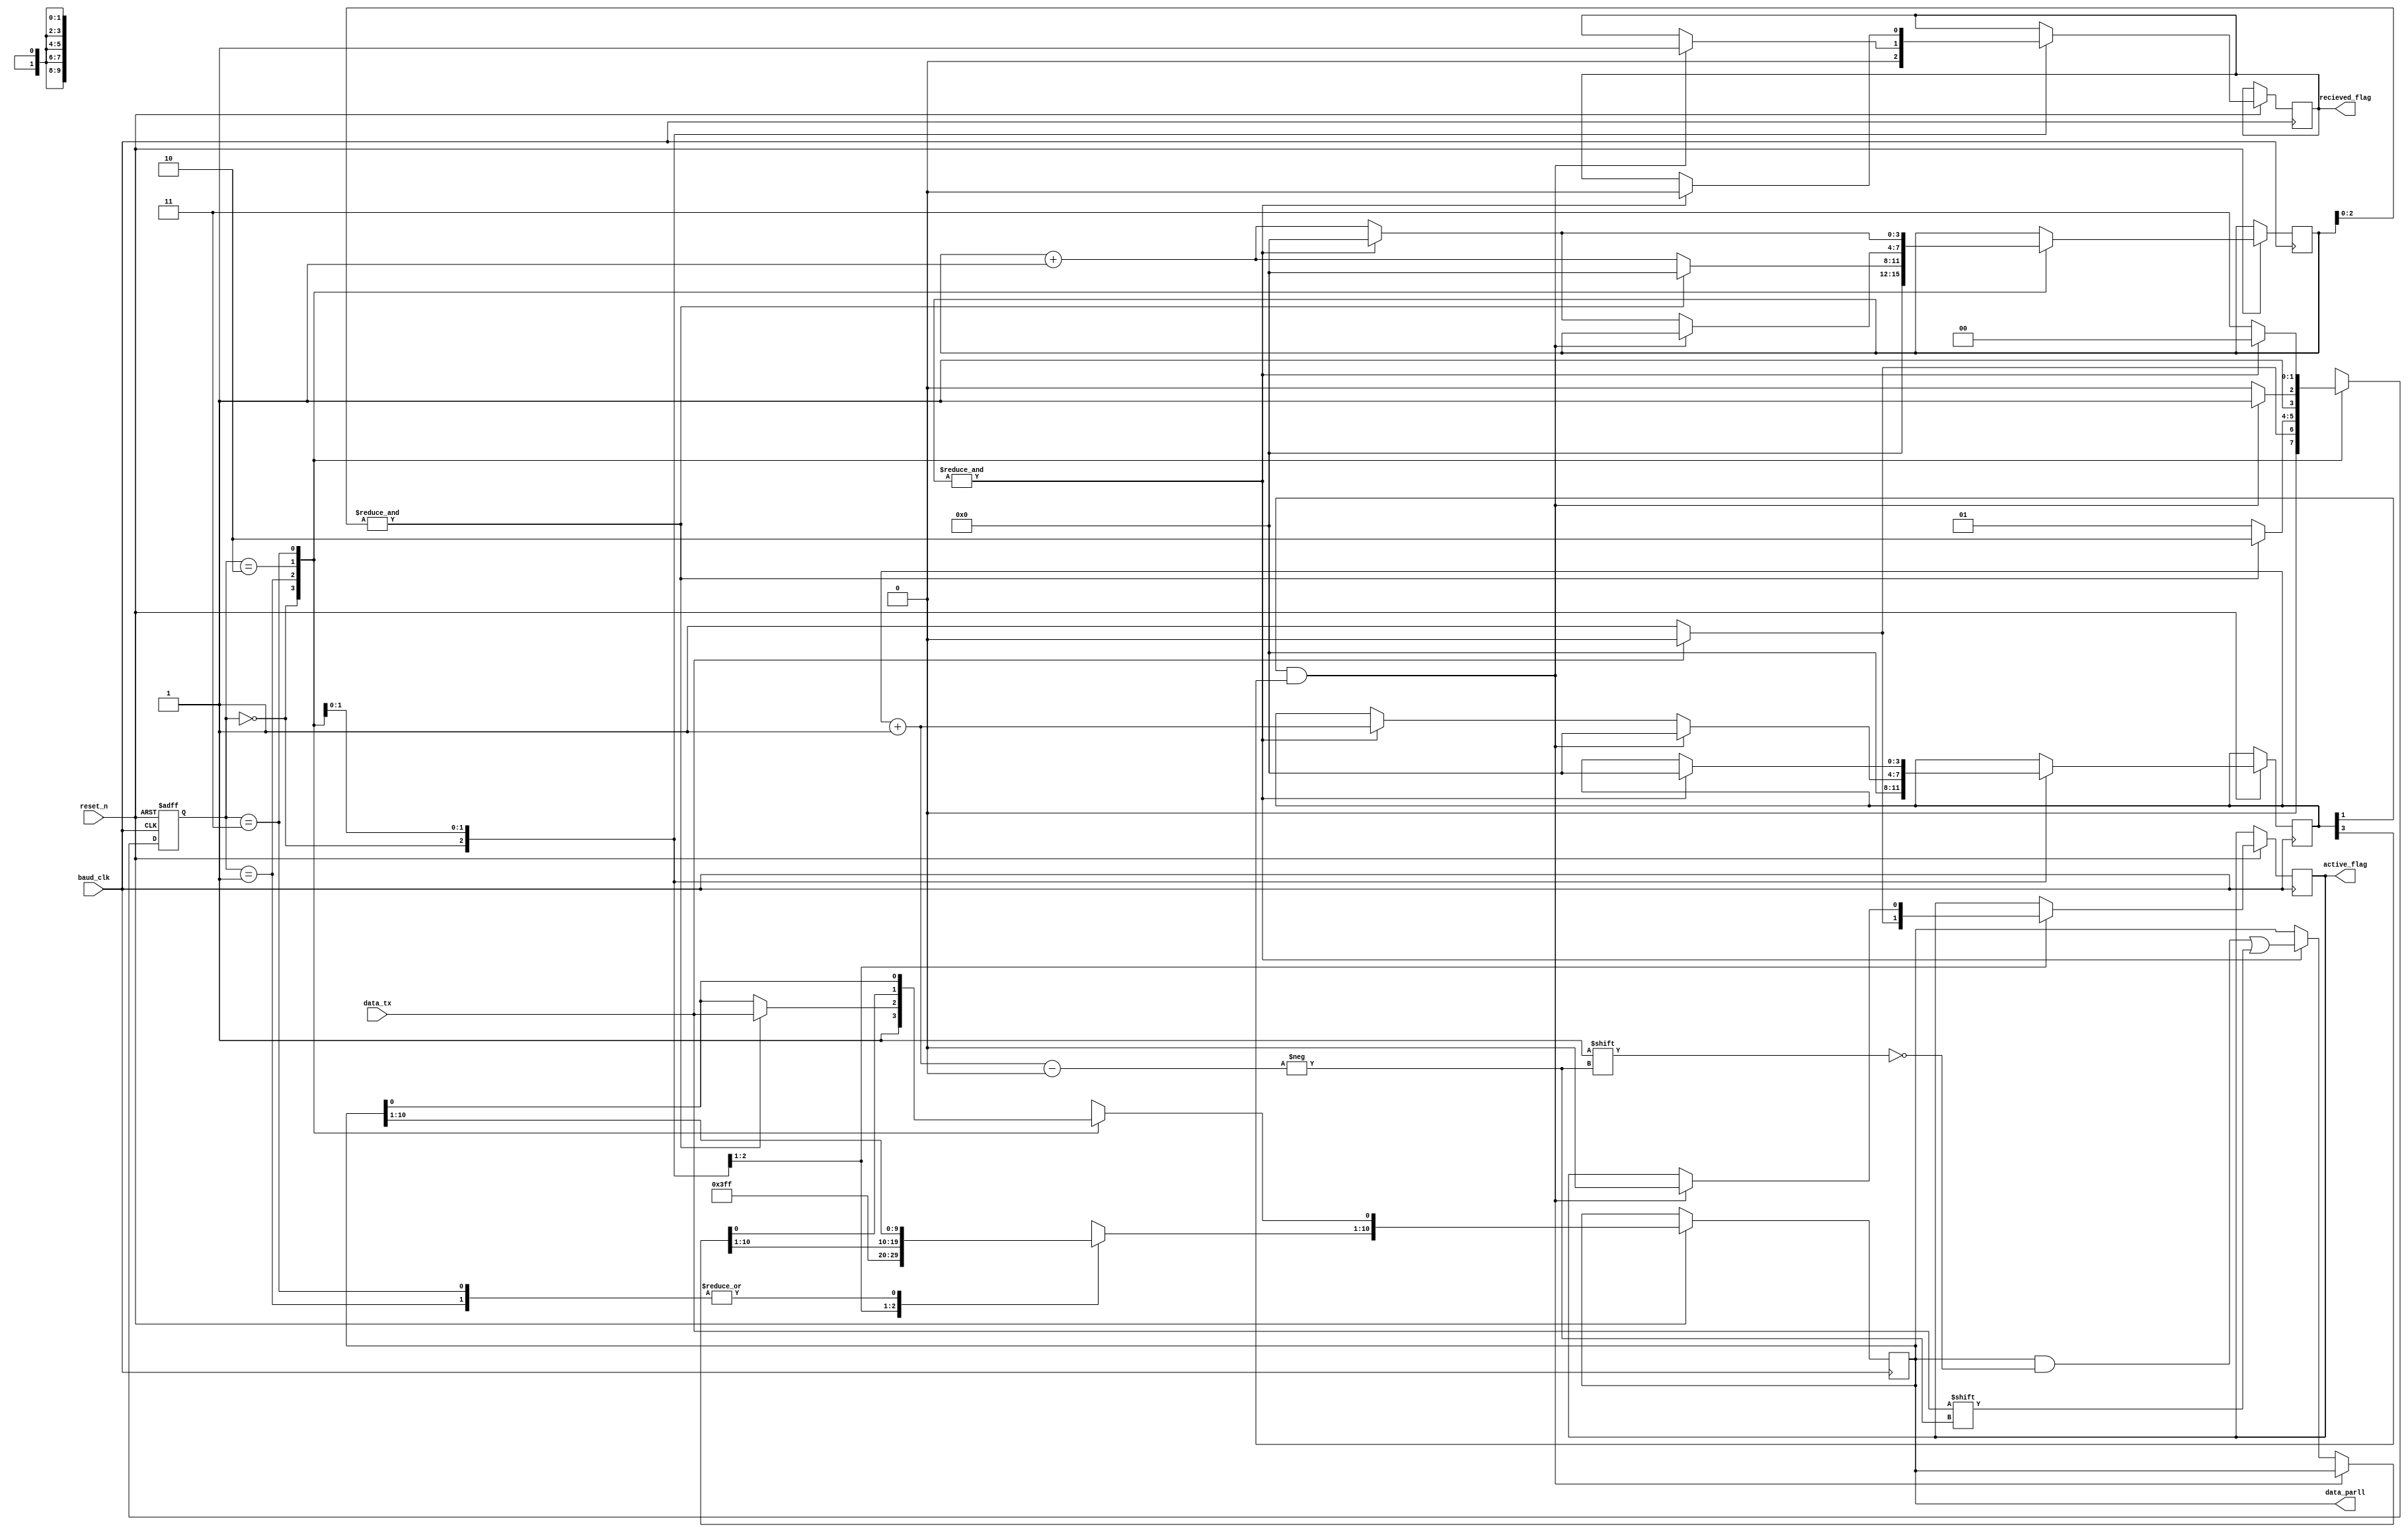
`timescale 1ns / 1ps
//////////////////////////////////////////////////////////////////////////////////
// Company: 
// Engineer: 
// 
// Design Name: 
// Module Name: SIPO
// Project Name: 
// Target Devices: 
// Tool Versions: 
// Description: 
// 
// Dependencies: 
// 
// Revision:
// Revision 0.01 - File Created
// Additional Comments:
// 
//////////////////////////////////////////////////////////////////////////////////


module SIPO(reset_n,data_tx,baud_clk,active_flag,recieved_flag,data_parll);
input  wire         reset_n,data_tx,baud_clk;        //  Active low reset,  Serial Data recieved from the transmitter, The clocking input comes from the sampling unit.
output reg          active_flag,recieved_flag;    //  outputs logic 1 when data is in progress, outputs a signal enables the deframe unit. 
output reg  [10:0]  data_parll;      //  outputs the 11-bit parallel frame.

//  Internal
reg [3:0]  frame_counter;
reg [3:0]  stop_count;
reg [1:0]  next_state;

//  Encoding the states of the reciever
//  Every State captures the corresponding bit from the frame
localparam IDLE   = 2'b00,
           CENTER = 2'b01,
           FRAME  = 2'b10,
           HOLD   = 2'b11;

//  FSM with Asynchronous Reset logic
always @(posedge baud_clk, negedge reset_n) 
begin
  if (~reset_n) 
  begin
    next_state        <= IDLE;
  end
  else
  begin
    case (next_state)
      //  Idle case waits untill start bit
      IDLE : 
      begin
        data_parll    <= {11{1'b1}};
        stop_count    <= 4'd0;
        frame_counter <= 4'd0;
        recieved_flag <= 1'b0;
        active_flag   <= 1'b0;
        //  waits till sensing the start bit which is low
        if(~data_tx)
        begin
          next_state  <= CENTER;
          active_flag <= 1'b1;
        end
        else
        begin
          next_state  <= IDLE;
          active_flag <= 1'b0;
        end
      end

      //  shifts the sampling to the Center of the recieved bit
      //  due to the protocol, thus the bit is stable.
      CENTER : 
      begin
        if(&stop_count[2:0])
        //  This is an equivalent condition to (stop_count == 7)
        //  in order to avoid comparators/xors
        begin
          //  Captures the start bit
          data_parll[0]  <= data_tx;
          stop_count     <= 4'd0;
          next_state     <= FRAME;
        end
        else
        begin
          stop_count  <= stop_count + 4'b1;
          next_state  <= CENTER;
        end
      end

      //  shifts the remaining 10-bits of the frame,
      //  then returns to the idle case.
      FRAME :
      begin
        if(frame_counter[1] && frame_counter[3])
        //  This is an equivalent condition to (frame_counter == 4'd10)
        //  in order to avoid comparators/xors
        begin
          frame_counter <= 4'd0;
          recieved_flag <= 1'b1;
          next_state    <= HOLD;
          active_flag   <= 1'b0;
        end
        else
        begin
          if(&stop_count[3:0])
          //  This is an equivalent condition to (stop_count == 4'd15)
          //  in order to avoid comparators/xors
          begin
            data_parll[frame_counter + 4'd1]    <= data_tx;
            frame_counter                       <= frame_counter + 4'b1;
            stop_count                          <= 4'd0; 
            next_state                          <= FRAME;
          end
          else 
          begin
            stop_count <= stop_count + 4'b1;
            next_state <= FRAME;
          end
        end
      end

      //  Holds the data recieved for a 16 baud cycles
      HOLD :
      begin
        if(&stop_count[3:0])
          //  This is an equivalent condition to (stop_count == 4'd15)
          //  in order to avoid comparators/xors
          begin
            data_parll    <= data_parll;
            frame_counter <= 4'd0;
            stop_count    <= 4'd0; 
            recieved_flag <= 1'b0;
            next_state    <= IDLE;
          end
          else 
          begin
            stop_count <= stop_count + 4'b1;
            next_state <= HOLD;
          end
      end

      //  Automatically directs to the IDLE state
      default : 
      begin
        next_state <= IDLE;
      end
    endcase
  end
end

    
endmodule